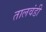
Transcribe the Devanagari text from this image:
तालवंडी